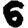
Digit: 6